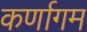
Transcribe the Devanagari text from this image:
कर्णागम